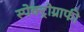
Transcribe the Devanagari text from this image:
स्पेक्ट्रोग्राफी